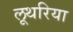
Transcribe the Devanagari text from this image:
लूथरिया